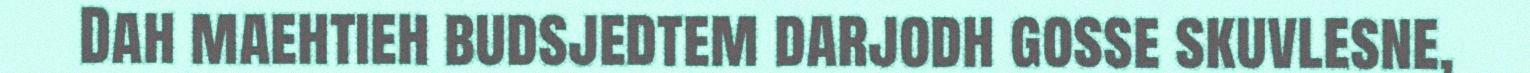
Dah maehtieh budsjedtem darjodh gosse skuvlesne,